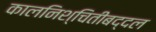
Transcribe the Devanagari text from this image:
कालनिश्चितीबद्दल